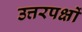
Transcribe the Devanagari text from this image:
उत्तरपक्षों